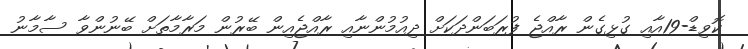
ކޮވިޑް-19އާއި ގުޅިގެން ރާއްޖެ ފުރަބަންދަކަށް ދިއުމުންނާއި ރާއްޖެއިން ބޭރުން މަރާމާތަށް ބޭނުންވާ ސާމާނު